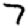
Digit: 7